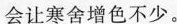
会让寒舍增色不少。